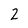
Character: 2